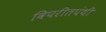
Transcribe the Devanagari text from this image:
विपरीतपंथी